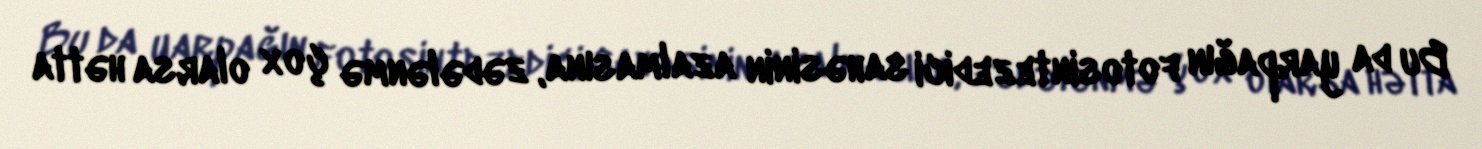
Bu da yarpağın fotosintezedici sahəsinin azalmasına, zədələnmə çox olarsa hətta